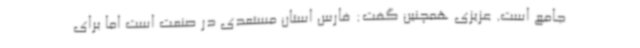
جامع است. عزیزی همچنین گفت: فارس استان مستعدی در صنعت است اما برای